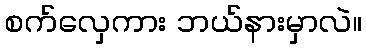
စက်လှေကား ဘယ်နားမှာလဲ။